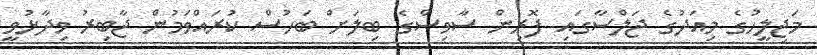
މަޖިލީހުގެ މިއަދުގެ ޖަލްސާގައި ފޮރިން ސާވިސްގެ ބިލަށް ބަހުސް ކުރައްވަމުން ޖާބިރު ވިދާޅުވީ